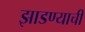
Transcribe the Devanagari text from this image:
झाडण्याची